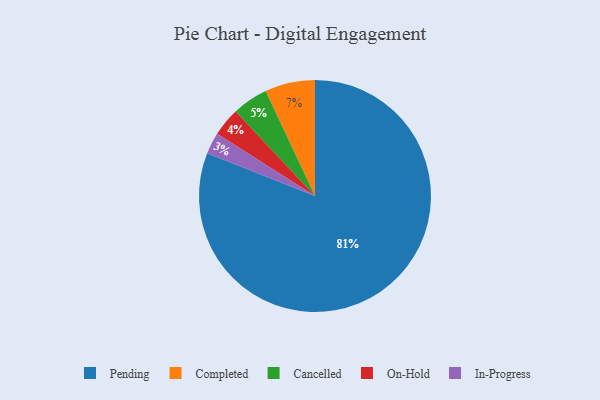
{"axis": {"x": "Category", "y": "Percentage"}, "legend": ["Cancelled", "Completed", "In-Progress", "On-Hold", "Pending"], "data": [{"x": "Completed", "y": 7, "type": "Completed"}, {"x": "In-Progress", "y": 3, "type": "In-Progress"}, {"x": "Pending", "y": 81, "type": "Pending"}, {"x": "On-Hold", "y": 4, "type": "On-Hold"}, {"x": "Cancelled", "y": 5, "type": "Cancelled"}]}